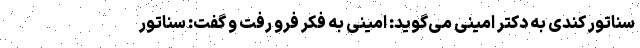
سناتور کندی به دکتر امینی می‌گوید: امینی به فکر فرو رفت و گفت: سناتور